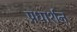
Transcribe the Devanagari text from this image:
प्रधार्शन